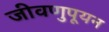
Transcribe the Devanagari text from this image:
जीवणुपूयन